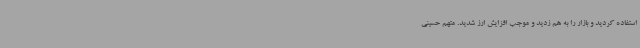
استفاده کردید و بازار را به هم زدید و موجب افزایش ارز شدید. متهم حسینی